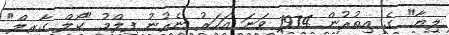
ލިޔާ" ގެ އިތުރުން 1974 ވަނަ އަހަރު ނެރުނު ފިލްމު "ކޯލް ގާރލް"